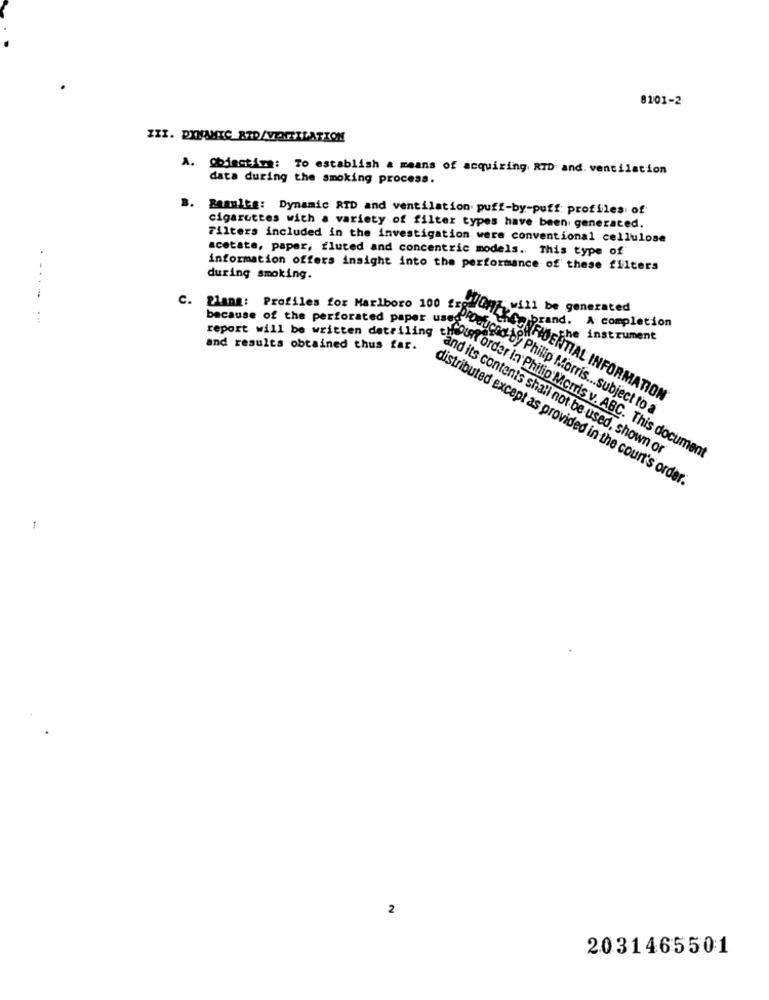
8101-2
ZZI. DYNAMIC_RAD/VENTILATION
A. Obiectima: To establish a means of acquiring RTD: and. ventilation
data during the smoking process.
B.
Results: Dynamic RTD and ventilation puff-by-puff: profiles of
cigarettes with a variety of filter types have been generated.
Filters included in the investigation were conventional cellulose
acetate, papar, fluted and concentric models. This type of
information offers insight into the performance of these filters
during smoking.
C. Plang: Profiles for Marlboro 100
0 fro/Qm; will be generated
The brand. A completion
he instrument
and results obtained thus far.
CONFIDENTIAL INFORMATION
produced by Philip Morris ... subject to a
Asport will be written dateiz and its contents shall not be used, shown of
because of the perforated Paring eneller order in Philip Mords y. ABC. This document
distributed except as provided in the court's order.
2
2031465501